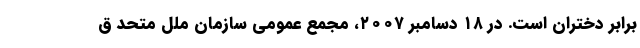
برابر دختران است. در ۱۸ دسامبر ۲۰۰۷، مجمع عمومی سازمان ملل متحد ق